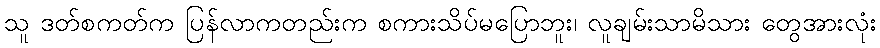
သူ ဒတ်စကတ်က ပြန်လာကတည်းက စကားသိပ်မပြောဘူး၊ လူချမ်းသာမိသား တွေအားလုံး